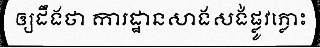
ឲ្យដឹងថា ការដ្ឋានសាងសង់ផ្លូវភ្លោះ